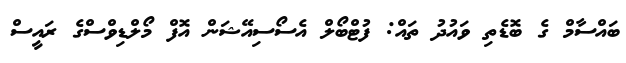
ބައްސާމް ގެ ބޮޑެތި ވައުދު ތައް: ފުޓްބޯލް އެސޯސިއޭޝަން އޮފް މޯލްޑިވްސްގެ ރައީސް